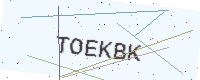
Text: TOEKBK